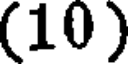
(10 )